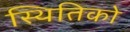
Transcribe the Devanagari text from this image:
स्थितिको